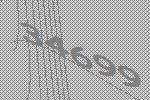
34699